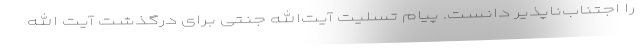
را اجتناب‌ناپذیر دانست. پیام تسلیت آیت‌الله جنتی برای درگذشت آیت الله